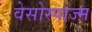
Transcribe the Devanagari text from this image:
वेसोस्पाज्म